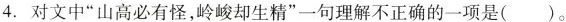
4.对文中“山高必有怪，岭峻却生精”一句理解不正确的一项是( )。